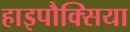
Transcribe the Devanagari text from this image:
हाइपौक्सिया